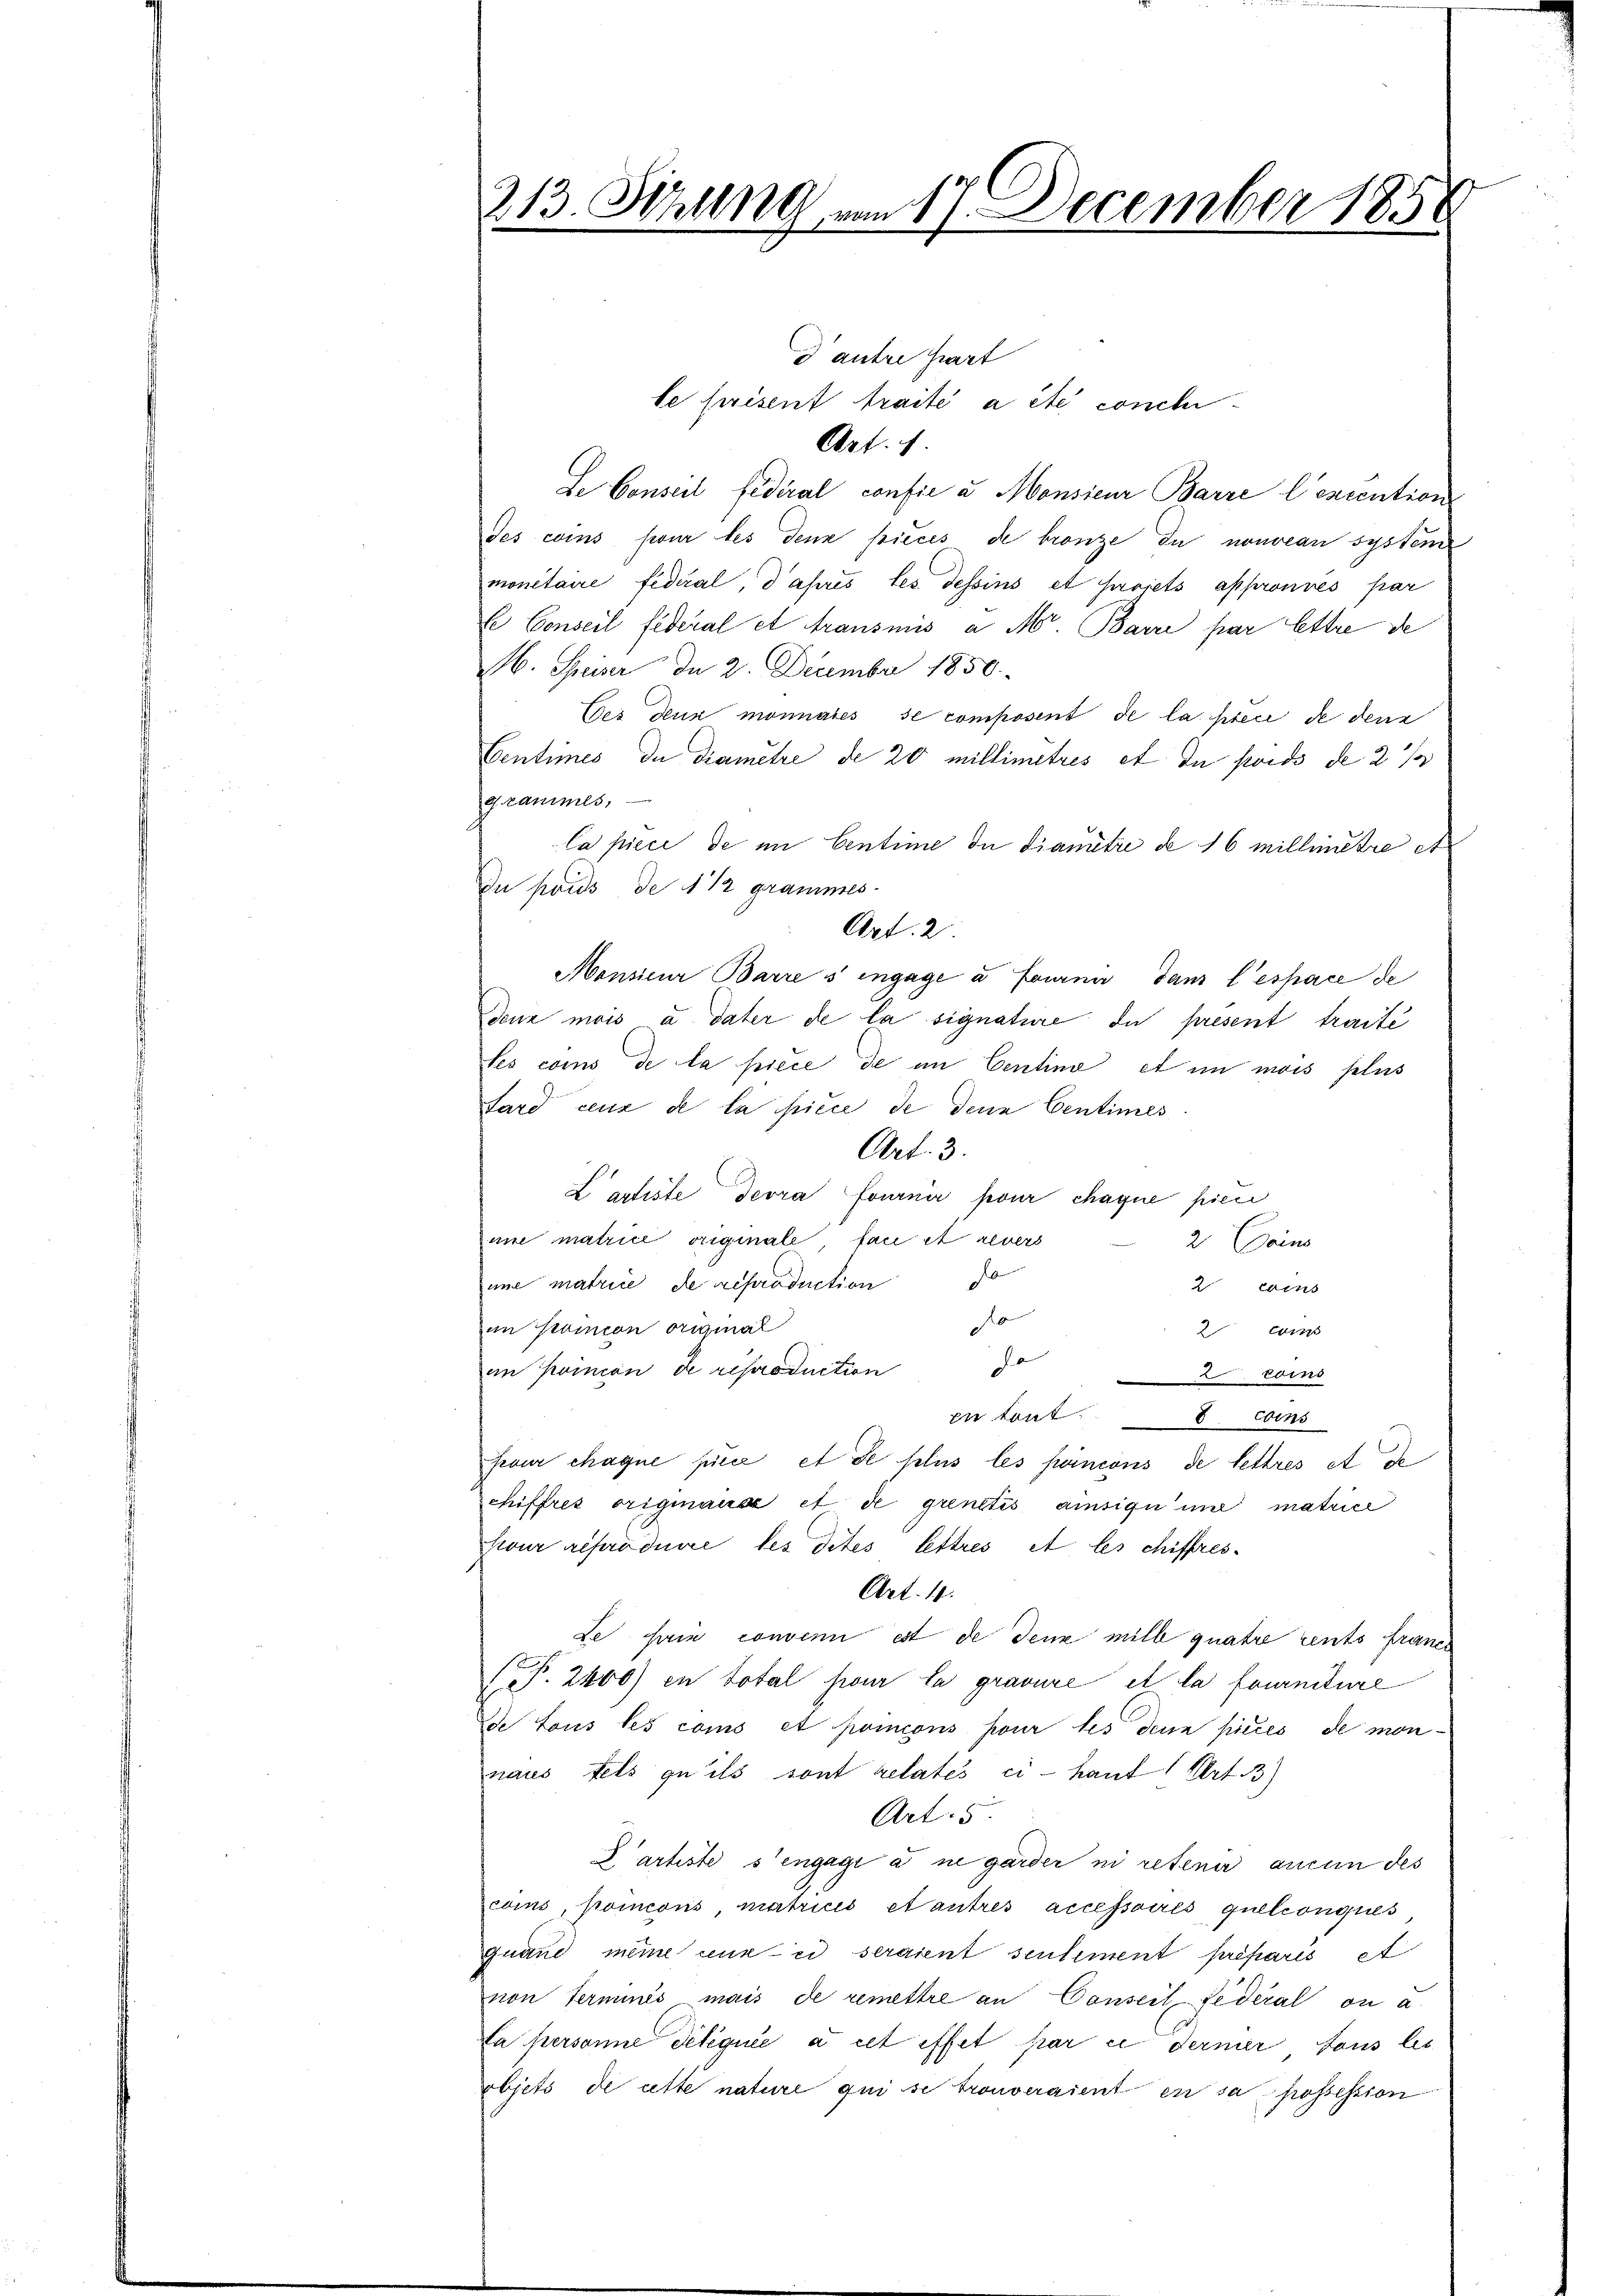
213. Sitzung von 17. December 185

d antre hiert
le prisent traité a été concl
Art. 1.
Le Conseil fédéral confie u. Monsieur Barre l’excention
des coins pour les denk pieces de bronze du nouveau system
monétaire federal, d après les Tessins et surviets appronnés par
C Conseil fédéral et transmis a M. Barre par lettre de
b. Speiser de 2. December 1850.
Des Dun moniales se composent de la preci de den
Centimes de diametze de 20 millimitres et du fonds de 2/3
grammes,
la pieci de im Centime de dianutre de 16 millimitre et
Du poids, de 1/2 grammes.
Art. 2.
Monsieur Barre s engage à fournir dans l’espace de
denn mais à dater de la signature du present traite
Les coms de la piece de im Centime et im mois plus
sare ceux de la piece de denn Centimes
Art. 3.
L artiste devra fournir pour chaque pien
une matrice originale fau et revers
2. Beins
une matrice de reproduction
2 erins
0
in Poicon original
2cm
F
in Poinion de reproduction
Erns
en tout. 6. Eins
Frour chaque piece et de plus les peincons de lettres et de
chiffres originause et de grenetis amsiqu’une matrice
kour reproduire les dites lettres et les chiffres¬
Art. 11.
Le sein convenn est de denz mill quatre rents francs
P. 2400) in total pour la gravure et la fourniture
de tous les coms et pomions pour les denn pieces de monnaus fels qu’ils sont relates ci- haut Art. 3)
Art. 5.
D artiste s’engage ane garder ni retenir aucun des
coms, pomeons, matricis et autres accessoires quelconques
quand meine ceux et seraient sentement präparis et
non Terminis mais de remettre an Conseil Lederal ou a
La personne deliquie à cet effet par es dermer tous les
rbjets de cette nature qui se trouveraient en sa possession